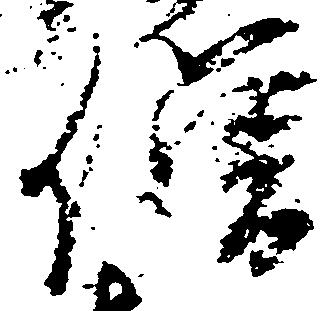
僧